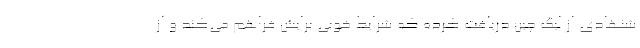
شنهادی از لیگ چین دریافت کرده که شرایط خوبی برایش فراهم می‌کند و از